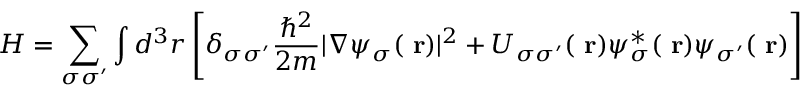
H = \sum _ { \sigma \sigma ^ { \prime } } \int d ^ { 3 } r \left[ \delta _ { \sigma \sigma ^ { \prime } } \frac { \hbar ^ { 2 } } { 2 m } | \nabla \psi _ { \sigma } ( \mathrm { \bf ~ r } ) | ^ { 2 } + U _ { \sigma \sigma ^ { \prime } } ( \mathrm { \bf ~ r } ) \psi _ { \sigma } ^ { * } ( \mathrm { \bf ~ r } ) \psi _ { \sigma ^ { \prime } } ( \mathrm { \bf ~ r } ) \right]